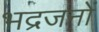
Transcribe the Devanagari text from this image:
भद्रजनों